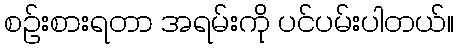
စဉ်းစားရတာ အရမ်းကို ပင်ပမ်းပါတယ်။